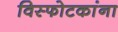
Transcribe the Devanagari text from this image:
विस्फोटकांना